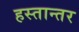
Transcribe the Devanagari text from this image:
हस्तान्तर